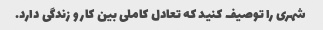
شهری را توصیف کنید که تعادل کاملی بین کار و زندگی دارد.